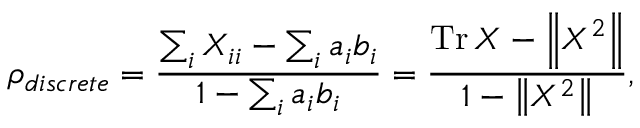
\rho _ { d i s c r e t e } = \frac { \sum _ { i } X _ { i i } - \sum _ { i } a _ { i } b _ { i } } { 1 - \sum _ { i } a _ { i } b _ { i } } = \frac { \operatorname { T r } X - \left\| X ^ { 2 } \right\| } { 1 - \left\| X ^ { 2 } \right\| } ,